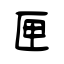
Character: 匣